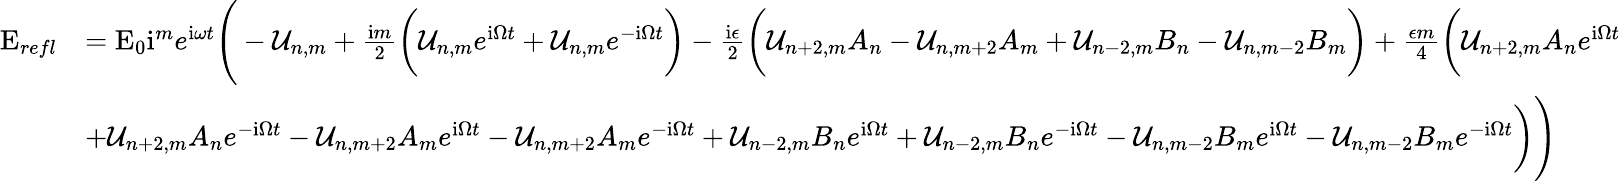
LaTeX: \begin{array}{rl}{\mathrm{E}_{refl}}&{=\mathrm{E}_{0}\mathrm{i}^{m}e^{\mathrm{i}\omega t}\Bigg(-\mathcal{U}_{n,m}+\frac{\mathrm{i}m}{2}\bigg(\mathcal{U}_{n,m}e^{\mathrm{i}\Omega t}+\mathcal{U}_{n,m}e^{-\mathrm{i}\Omega t}\bigg)-\frac{\mathrm{i}\epsilon}{2}\bigg(\mathcal{U}_{n+2,m}A_{n}-\mathcal{U}_{n,m+2}A_{m}+\mathcal{U}_{n-2,m}B_{n}-\mathcal{U}_{n,m-2}B_{m}\bigg)+\frac{\epsilon m}{4}\bigg(\mathcal{U}_{n+2,m}A_{n}e^{\mathrm{i}\Omega t}}\\ &{+\mathcal{U}_{n+2,m}A_{n}e^{-\mathrm{i}\Omega t}-\mathcal{U}_{n,m+2}A_{m}e^{\mathrm{i}\Omega t}-\mathcal{U}_{n,m+2}A_{m}e^{-\mathrm{i}\Omega t}+\mathcal{U}_{n-2,m}B_{n}e^{\mathrm{i}\Omega t}+\mathcal{U}_{n-2,m}B_{n}e^{-\mathrm{i}\Omega t}-\mathcal{U}_{n,m-2}B_{m}e^{\mathrm{i}\Omega t}-\mathcal{U}_{n,m-2}B_{m}e^{-\mathrm{i}\Omega t}\bigg)\Bigg)}\end{array}